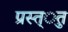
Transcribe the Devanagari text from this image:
प्रस्त्ुत